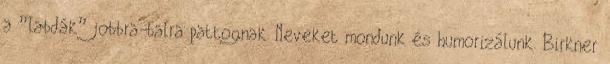
a ”labdák” jobbra-balra pattognak. Neveket mondunk és humorizálunk. Birkner